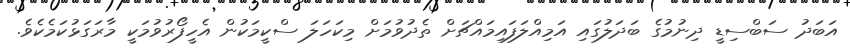
އަބަދު ސަބްސިޑީ ދިނުމުގެ ބަދަލުގައި އަމިއްލަފައިމައްޗަށް ތެދުވުމަށް މިކަހަލަ ސްކީމަކުން އެހީފޯރުވުމަކީ މާރަގަޅުކަމެކެވެ.